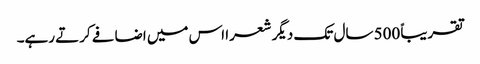
تقریباً 500 سال تک دیگر شعرا اس میں اضافے کرتے رہے۔